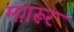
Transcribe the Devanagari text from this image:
मग़रूर